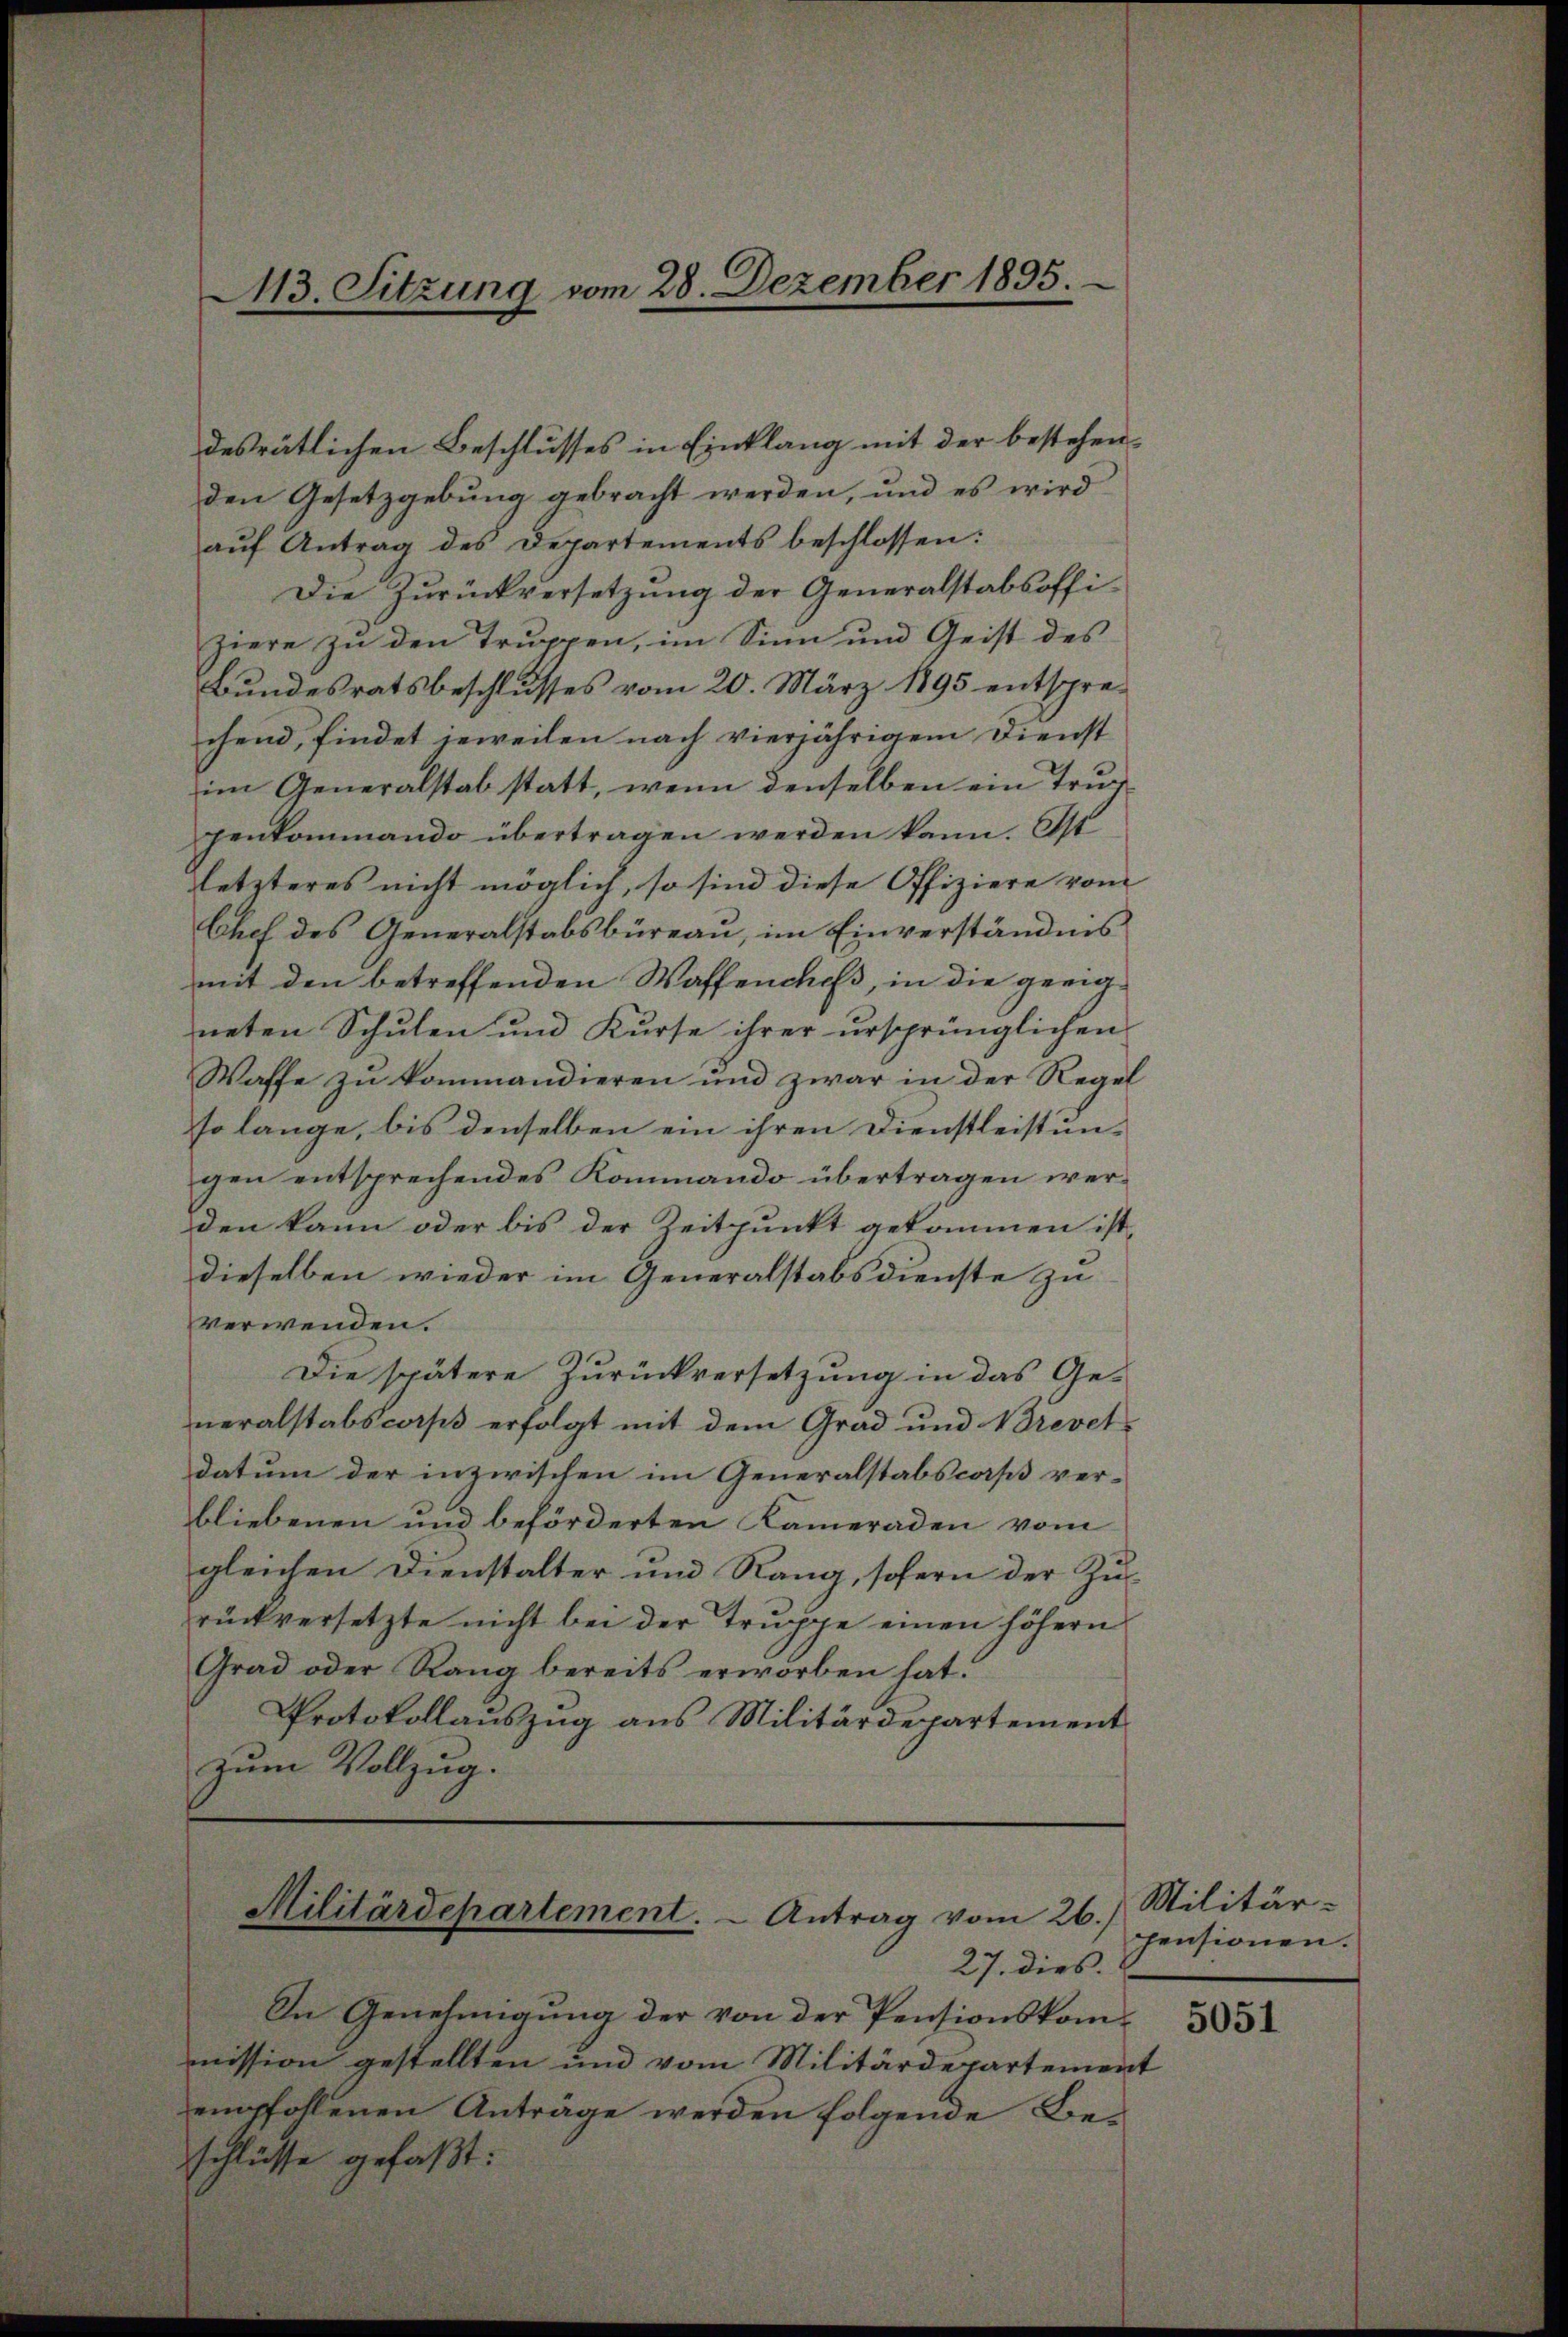
13. Sitzung vom 28. Dezember 1895.

letzteres nicht möglich, so sind diese Offiziere vom
Chef des Generalstabsbüreau, im Einverständnis
mit den betreffenden Waffendes, in die geeigneten Schulen und Kurse ihrer ursprünglichen
Waffe zu kommandieren und zwar in der Regel
so lange, bis denselben ein ihren Dienstleistungen entsprechendes Kommando übertragen werden kann oder bis der Zeitpunkt gekommen ist
dieselben wieder im Generalstabsdienste zu
verwenden.
Die spätere Zurückversetzung in das Ge-
neralstabscorps erfolgt mit dem Grad und Brevet
datum der inzwischen im Generalstabscorps ver-
bliebenen und beförderten Kameraden vom
gleichen Dienstalter und Rang, sofern der Zurückversetzte nicht bei der Trŭppe einen höhern
Grad oder Rang bereits erworben hat.
Protokollaŭszŭg ans Militärdepartement
zum Vollzug.

desrätlichen Beschlusses in Einklang mit der bestehenden Gesetzgebung gebracht werden, und es wird
aŭf Antrag des Departements beschlossen:
Die Zurückversetzung der Generalstabsoffiziere zu den Truppen, im Sinn und Geist des
Bundesratsbeschlusses vom 20. März 1895 entsprechend, findet jeweilen nach vierjährigem Dienst
im Generalstab statt, wenn denselben ein Trup-
genkommando übertragen werden kann. Ost

Militärdepartement. - Antrag vom 26.)

27. dies

In Genehmigung der von der Pensionskommission gestellten und vom Militärdepartement
empfohlenen Anträge werden folgende Beschlüsse gefaßt:

Militär-
pensionen.
5051